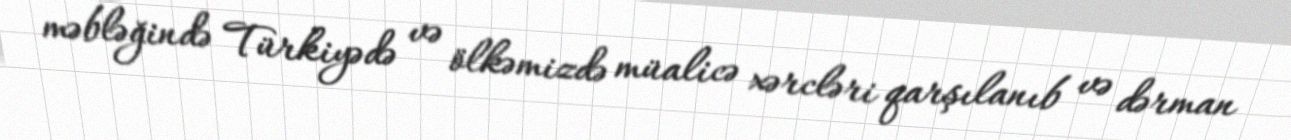
məbləğində Türkiyədə və ölkəmizdə müalicə xərcləri qarşılanıb və dərman